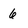
Character: 6